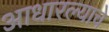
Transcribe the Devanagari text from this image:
आधारल्याचे